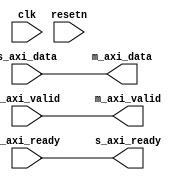
// ***************************************************************************
// ***************************************************************************
// Copyright (C) 2014-2023 Analog Devices, Inc. All rights reserved.
//
// In this HDL repository, there are many different and unique modules, consisting
// of various HDL (Verilog or VHDL) components. The individual modules are
// developed independently, and may be accompanied by separate and unique license
// terms.
//
// The user should read each of these license terms, and understand the
// freedoms and responsibilities that he or she has by using this source/core.
//
// This core is distributed in the hope that it will be useful, but WITHOUT ANY
// WARRANTY; without even the implied warranty of MERCHANTABILITY or FITNESS FOR
// A PARTICULAR PURPOSE.
//
// Redistribution and use of source or resulting binaries, with or without modification
// of this file, are permitted under one of the following two license terms:
//
//   1. The GNU General Public License version 2 as published by the
//      Free Software Foundation, which can be found in the top level directory
//      of this repository (LICENSE_GPL2), and also online at:
//      <https://www.gnu.org/licenses/old-licenses/gpl-2.0.html>
//
// OR
//
//   2. An ADI specific BSD license, which can be found in the top level directory
//      of this repository (LICENSE_ADIBSD), and also on-line at:
//      https://github.com/analogdevicesinc/hdl/blob/master/LICENSE_ADIBSD
//      This will allow to generate bit files and not release the source code,
//      as long as it attaches to an ADI device.
//
// ***************************************************************************
// ***************************************************************************

`timescale 1ns/100ps

module axi_register_slice #(

  parameter DATA_WIDTH = 32,
  parameter FORWARD_REGISTERED = 0,
  parameter BACKWARD_REGISTERED = 0
) (
  input clk,
  input resetn,

  input s_axi_valid,
  output s_axi_ready,
  input [DATA_WIDTH-1:0] s_axi_data,

  output m_axi_valid,
  input m_axi_ready,
  output [DATA_WIDTH-1:0] m_axi_data
);

  /*
   s_axi_data  -> bwd_data     -> fwd_data(1)  -> m_axi_data
   s_axi_valid -> bwd_valid    -> fwd_valid(1) -> m_axi_valid
   s_axi_ready <- bwd_ready(2) <- fwd_ready <- m_axi_ready

   (1) FORWARD_REGISTERED inserts a set of FF before m_axi_data and m_axi_valid
   (2) BACKWARD_REGISTERED insters a FF before s_axi_ready
  */

  wire [DATA_WIDTH-1:0] bwd_data_s;
  wire bwd_valid_s;
  wire bwd_ready_s;
  wire [DATA_WIDTH-1:0] fwd_data_s;
  wire fwd_valid_s;
  wire fwd_ready_s;

  generate if (FORWARD_REGISTERED == 1) begin
    reg fwd_valid = 1'b0;
    reg [DATA_WIDTH-1:0] fwd_data = 'h00;

    assign fwd_ready_s = ~fwd_valid | m_axi_ready;
    assign fwd_valid_s = fwd_valid;
    assign fwd_data_s = fwd_data;

    always @(posedge clk) begin
      if (~fwd_valid | m_axi_ready)
        fwd_data <= bwd_data_s;
    end

    always @(posedge clk) begin
      if (resetn == 1'b0) begin
        fwd_valid <= 1'b0;
      end else begin
        if (bwd_valid_s)
          fwd_valid <= 1'b1;
        else if (m_axi_ready)
          fwd_valid <= 1'b0;
      end
    end
  end else begin
    assign fwd_data_s = bwd_data_s;
    assign fwd_valid_s = bwd_valid_s;
    assign fwd_ready_s = m_axi_ready;
  end
  endgenerate

  generate if (BACKWARD_REGISTERED == 1) begin
    reg bwd_ready = 1'b1;
    reg [DATA_WIDTH-1:0] bwd_data = 'h00;

    assign bwd_valid_s = ~bwd_ready | s_axi_valid;
    assign bwd_data_s = bwd_ready ? s_axi_data : bwd_data;
    assign bwd_ready_s = bwd_ready;

    always @(posedge clk) begin
      if (bwd_ready)
        bwd_data <= s_axi_data;
    end

    always @(posedge clk) begin
      if (resetn == 1'b0) begin
        bwd_ready <= 1'b1;
      end else begin
        if (fwd_ready_s)
          bwd_ready <= 1'b1;
        else if (s_axi_valid)
          bwd_ready <= 1'b0;
      end
    end
  end else begin
    assign bwd_valid_s = s_axi_valid;
    assign bwd_data_s = s_axi_data;
    assign bwd_ready_s = fwd_ready_s;
  end endgenerate

  assign m_axi_data = fwd_data_s;
  assign m_axi_valid = fwd_valid_s;
  assign s_axi_ready = bwd_ready_s;

endmodule